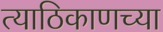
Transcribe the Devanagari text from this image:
त्याठिकाणच्या